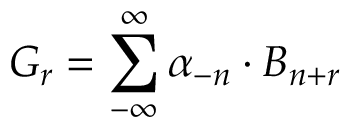
G _ { r } = \sum _ { - \infty } ^ { \infty } \alpha _ { - n } \cdot B _ { n + r }